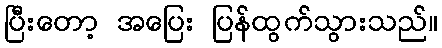
ပြီးတော့ အပြေး ပြန်ထွက်သွားသည်။